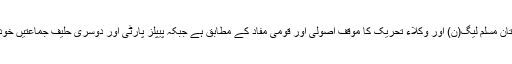
ایک عام تاثر یہ ہے کہ پاکستان مسلم لیگ(ن) اور وکلاء تحریک کا موقف اصولی اور قومی مفاد کے مطابق ہے جبکہ پیپلز پارٹی اور دوسری حلیف جماعتیں خود غرض اور موقع پرست ہیں۔